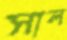
সাল